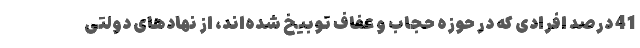
41 درصد افرادی که در حوزه حجاب و عفاف توبیخ شده‌اند، از نهادهای دولتی